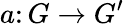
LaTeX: a\colon G\to G^{\prime}